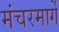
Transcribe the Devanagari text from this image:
मंचरमार्गे